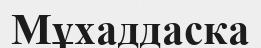
Мұхаддаска